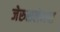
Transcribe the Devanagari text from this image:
जेरुसलेमचा